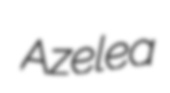
Azelea